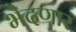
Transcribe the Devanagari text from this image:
भेदणार